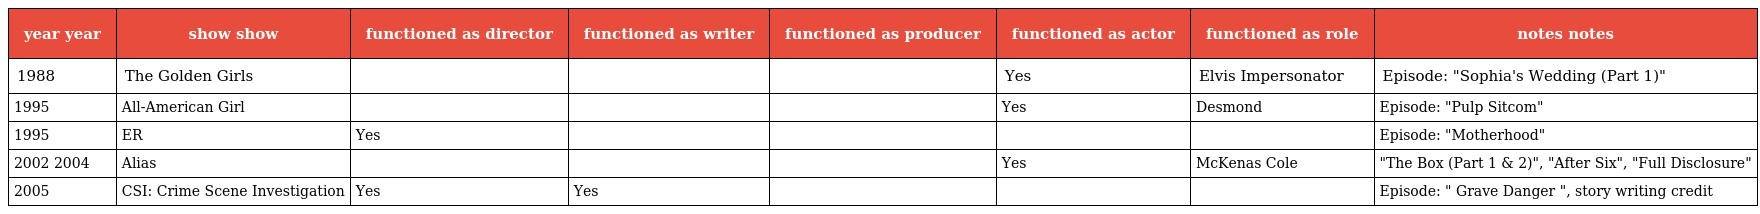
| year year | show show | functioned as director | functioned as writer | functioned as producer | functioned as actor | functioned as role | notes notes |
 | --- | --- | --- | --- | --- | --- | --- | --- |
 | 1988 | The Golden Girls |  |  |  | Yes | Elvis Impersonator | Episode: "Sophia's Wedding (Part 1)" |
 | 1995 | All-American Girl |  |  |  | Yes | Desmond | Episode: "Pulp Sitcom" |
 | 1995 | ER | Yes |  |  |  |  | Episode: "Motherhood" |
 | 2002 2004 | Alias |  |  |  | Yes | McKenas Cole | "The Box (Part 1 & 2)", "After Six", "Full Disclosure" |
 | 2005 | CSI: Crime Scene Investigation | Yes | Yes |  |  |  | Episode: " Grave Danger ", story writing credit |